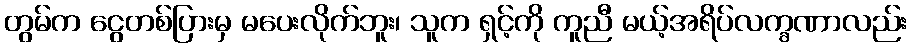
တွမ်က ငွေတစ်ပြားမှ မပေးလိုက်ဘူး၊ သူက ရှင့်ကို ကူညီ မယ့်အရိပ်လက္ခဏာလည်း